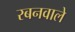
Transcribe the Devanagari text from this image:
रबनवाले